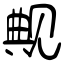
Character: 觍